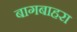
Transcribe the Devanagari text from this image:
बागबाहरा